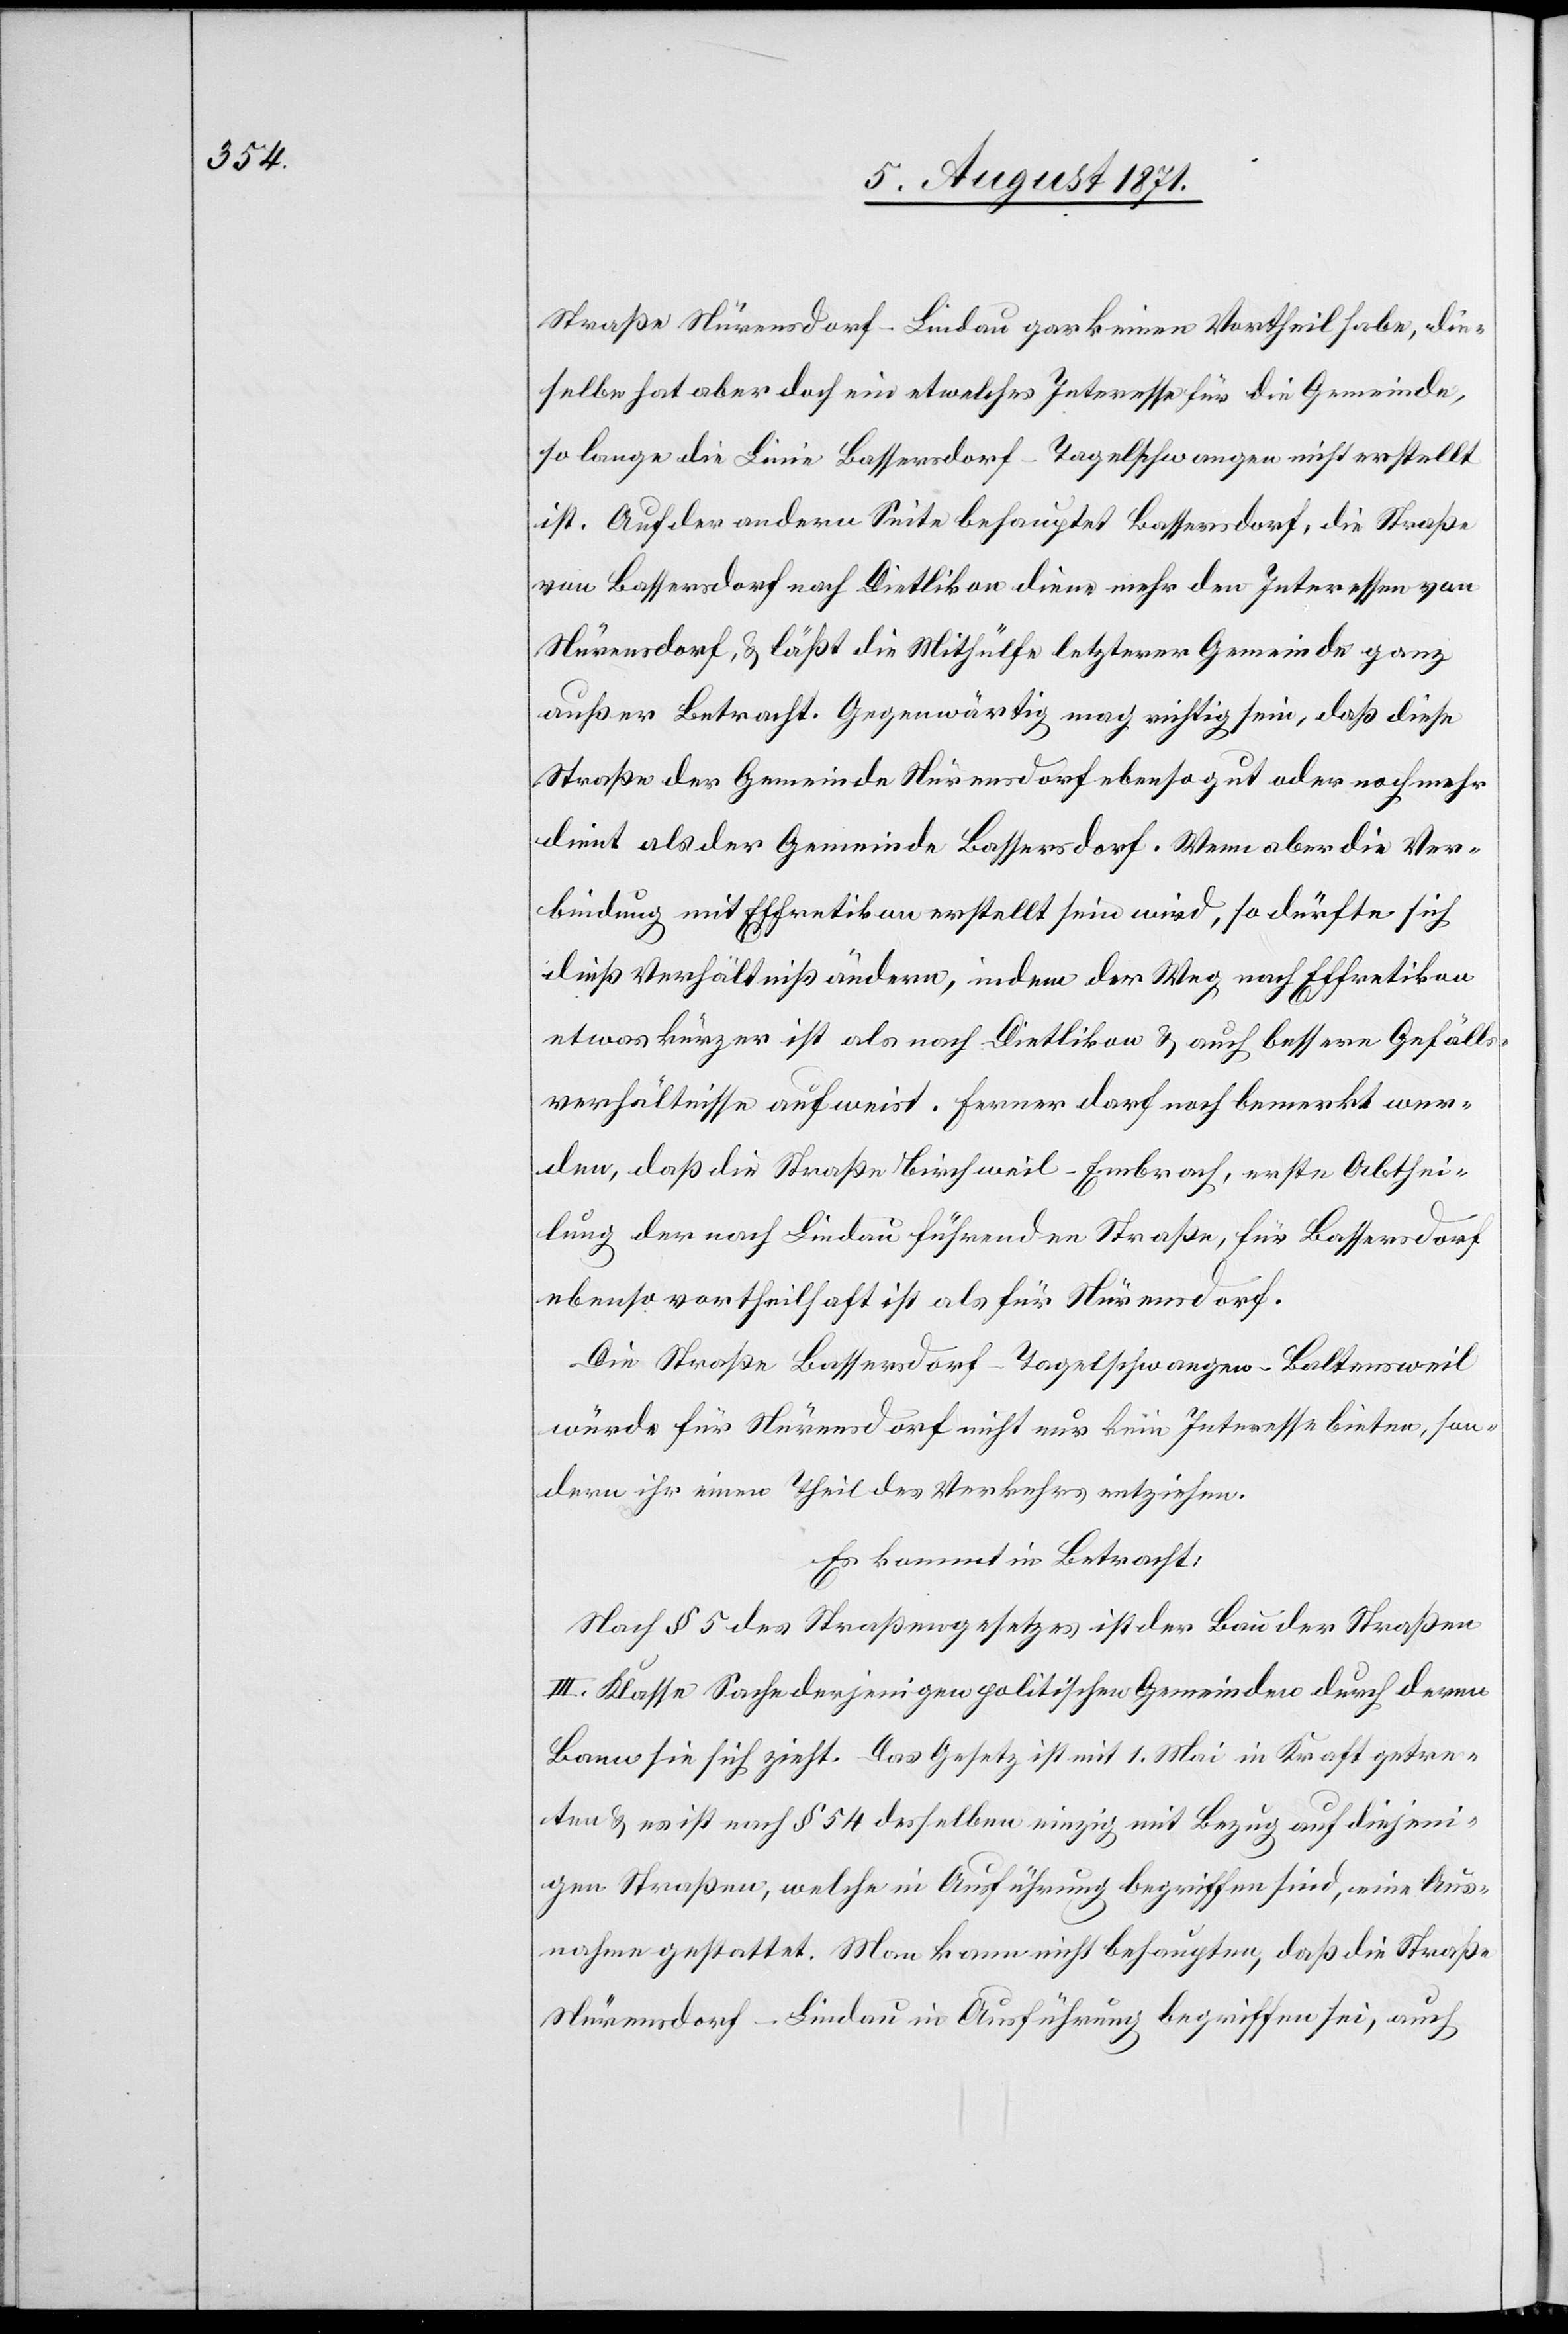
Straße Nürensdorf–Lindau gar keinen Vortheil habe, die¬
selbe hat aber doch ein etwelches Interesse für die Gemeinde,
so lange die Linie Bassersdorf–Tagelschwangen nicht erstellt
ist. Auf der andern Seite behauptet Bassersdorf, die Straße
von Bassersdorf nach Dietlikon diene mehr den Interessen von
Nürensdorf, u. läßt die Mithülfe letzterer Gemeinde ganz
außer Betracht. Gegenwärtig mag richtig sein, daß diese
Straße der Gemeinde Nürensdorf ebenso gut oder nochmehr
dient als der Gemeinde Bassersdorf. Wenn aber die Ver¬
bindung mit Effretikon erstellt sein wird, so dürfte sich
dieß Verhältniß ändern, indem der Weg nach Effretikon
etwas kürzer ist als nach Dietlikon u. auch bessere Gefälls¬
verhältnisse aufweist. Ferner darf noch bemerkt wer¬
den, daß die Straße Birchweil–Embrach, erste Abthei¬
lung der nach Lindau führenden Straße, für Bassersdorf
ebenso vortheilhaft ist als für Nürensdorf.
Die Straße Bassersdorf–Tagelschwangen–Baltensweil
würde für Nürensdorf nicht nur kein Interesse bieten, son¬
dern ihr einen Theil des Verkehrs entziehen.
Es kommt in Betracht:
Nach § 5 des Straßengesetzes ist der Bau der Straße
III. Klasse Sache derjenigen politischen Gemeinden durch deren
Bann sie sich zieht. Das Gesetz ist mit 1. Mai in Kraft getre¬
ten u. es ist nach § 54 desselben einzig mit Bezug auf diejeni¬
gen Straßen, welche in Ausführung begriffen sind, eine Aus¬
nahme gestattet. Man kann nicht behaupten, daß die Straße
Nürensdorf–Lindau in Ausführung begriffen sei, auch